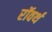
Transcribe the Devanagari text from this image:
रॉवर्थ